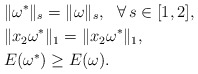
\begin{align*}& \|\omega^{*}\|_{s}=\|\omega\|_{s},\ \ \forall\, s\in[1,2],\\& \|x_{2}\omega^{*}\|_{1}=\|x_{2}\omega^{*}\|_{1},\\& E(\omega^{*})\ge E(\omega).\end{align*}